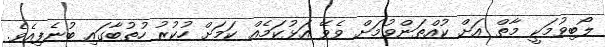
ލޯބިވުމަކީ މާތް އަށް ކުއްތަންވުމަށް ވެވޭ އަޅުކަމެއް ކަމަށް ހުކުރު ހުތުބާގައި ބުނެފިއެވެ.